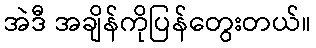
အဲဒီ အချိန်ကိုပြန်တွေးတယ်။